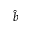
\hat { b }